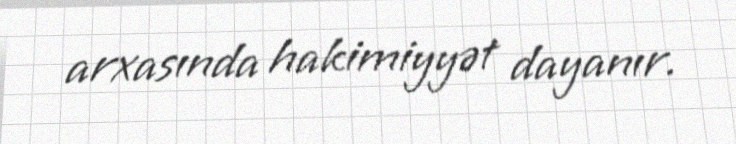
arxasında hakimiyyət dayanır.